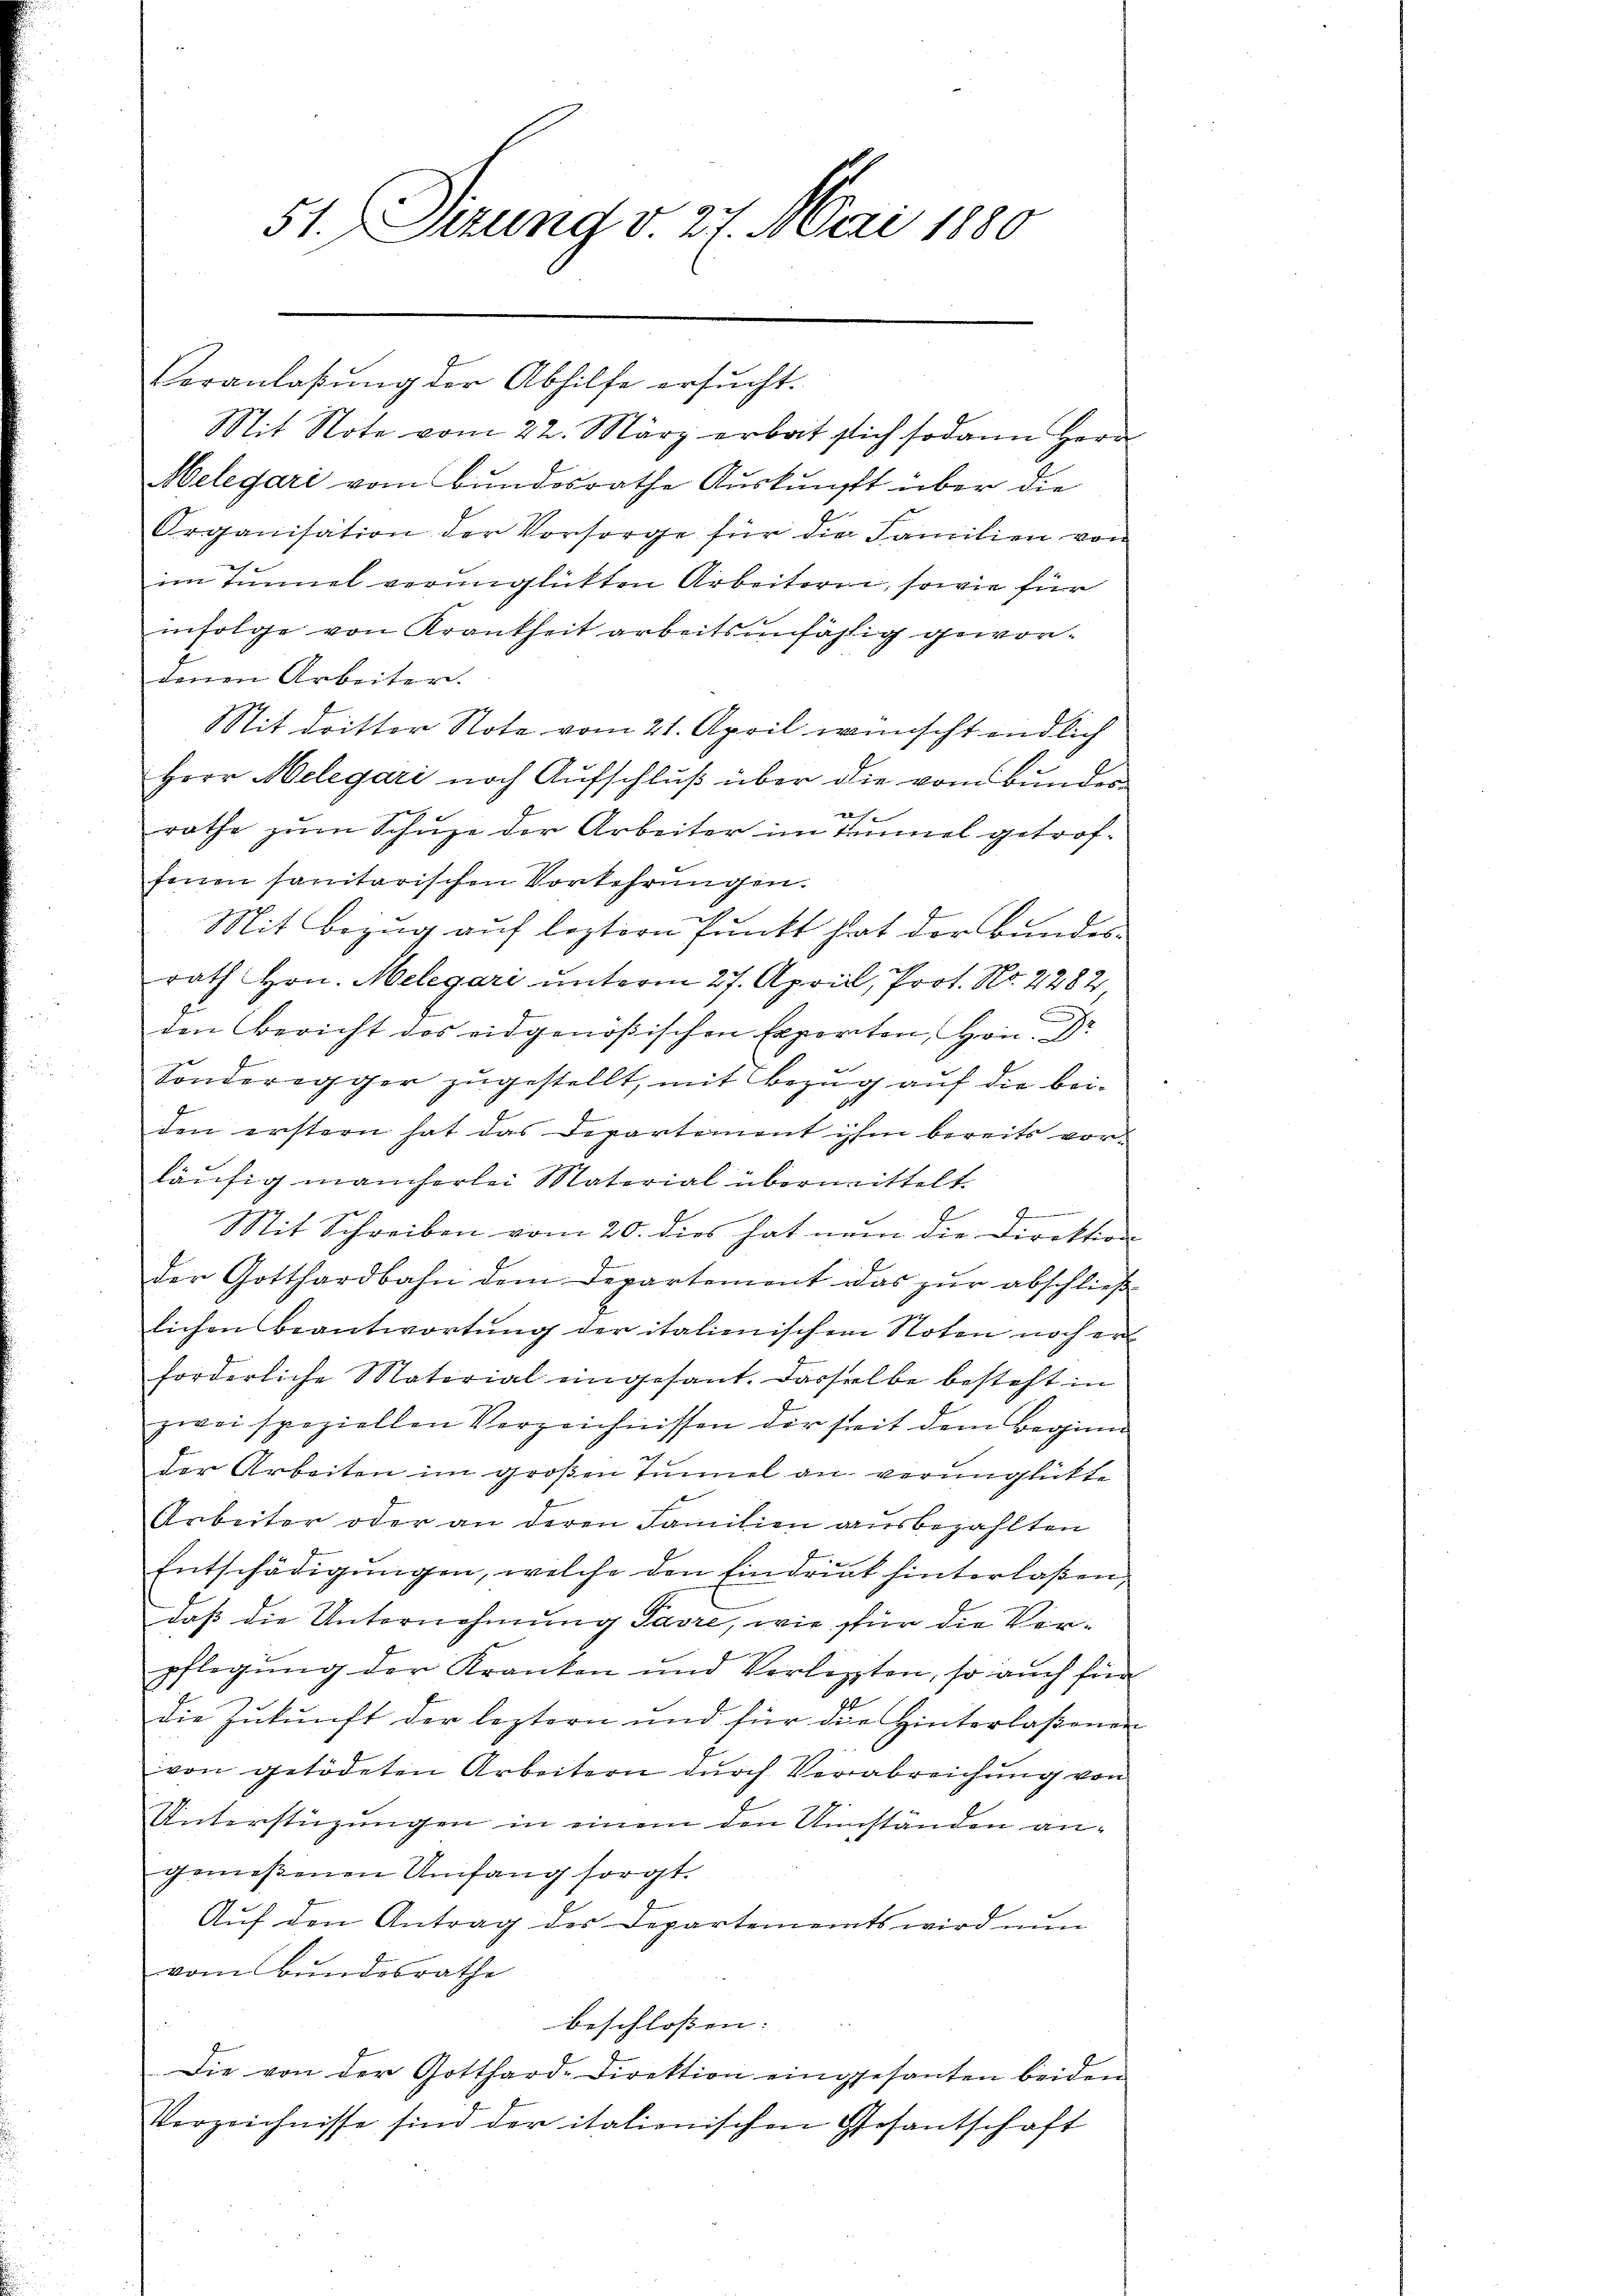
51. Firung v. 27. Mai 1880

Mit Note vom 22. März erbat sich sodann Herr
Melegari vom Bundesrathe Auskunft über die
Organisation der Vorsorge für die Familien von
im Tunnel verunglückten Arbeitern, sowie für
infolge von Krankheit arbeitsunfählig gewordenen Arbeiter.
Mit dritter Note vom 21. April wünscht endlich
Herr Melegari noch Aufschluß über die vom Bundes
u
rathe zum Schuze der Arbeiter im Tunnel getroffenen sanitarischen Vorkehrungen.
Mit Bezug auf leztern Punkt hat der Bundes-
rath Hrn. Melegari unterm 27. April, Prot. No. 2282
den Bericht des eidgenößischen Exporten, Hrn. Dr
Sonderegger zugestellt, mit Bezug auf die beiden erstern hat das Departement ihm bereits vor
läufig mancherlei Material übermittelt.
n
7
Mit Schreiben vom 20. dies hat nun die Direktion
der Gotthardbahn dem Departement das zŭr abschlieβ
lichen Beantwortŭng der italienischen Noten noch er-
forderliche Material eingesant. Dasselbe besteht in
zwei speziellen Verzeichnissen derseit dem Beginn
der Arbeiten im großen Tunnel an verunglückte
Arbeiter oder an deren Familien ausbezahlten
Entschädigungen, welche den Eindruck hinterlaßen,
daß die Unternehmung Pavre, wie für die Verpflegung der Kranken und Verlezten, so auch für
die Zukunft der leztern und für die Hinterlaßenen
von getödeten Arbeitern durch Verabreichung von
Unterstüzungen in einem den Umständen angenießenen Umfang sorgt.
Auf den Antrag des Departements wird nun
vom Bundesrathe
beschlossen: |
Die von der Gotthard-Direktion eingesanten beiden
Verzeichnisse sind der italienischen Gesantschaft

Veranlaßung der Abhilfe ersucht.